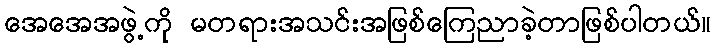
အေအေအဖွဲ့ကို မတရားအသင်းအဖြစ်ကြေညာခဲ့တာဖြစ်ပါတယ်။